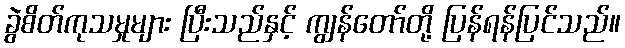
ခွဲစိတ်ကုသမှုများ ပြီးသည်နှင့် ကျွန်တော်တို့ ပြန်ရန်ပြင်သည်။